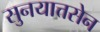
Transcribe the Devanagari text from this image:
सुनयात्तसेन